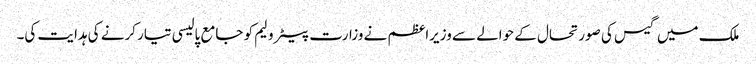
ملک میں گیس کی صورتحال کے حوالے سے وزیراعظم نے وزارت پیٹرولیم کو جامع پالیسی تیار کرنے کی ہدایت کی۔